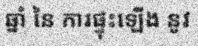
ឆ្នាំ នៃ ការផ្ទុះឡើង នូវ